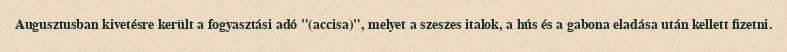
Augusztusban kivetésre került a fogyasztási adó "(accisa)", melyet a szeszes italok, a hús és a gabona eladása után kellett fizetni.